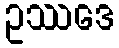
ဥဿဒေ